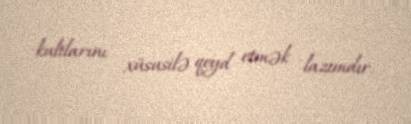
kultlarını xüsusilə qeyd etmək lazımdır.